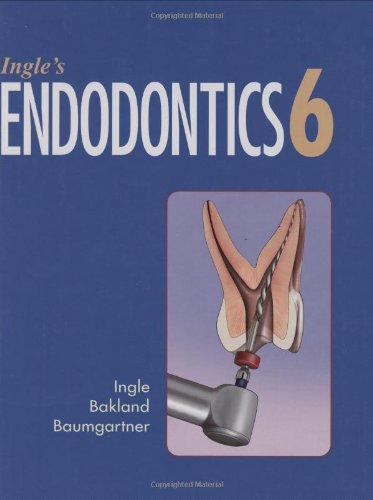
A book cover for Ingle's Endodontics 6e; John I. Ingle; Medical Books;